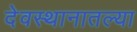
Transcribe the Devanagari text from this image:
देवस्थानातल्या